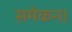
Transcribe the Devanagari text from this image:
समेकन।